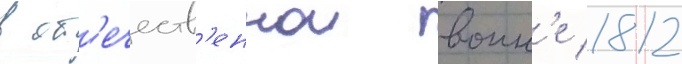
в от'ечеств'еннои воин'е 1812